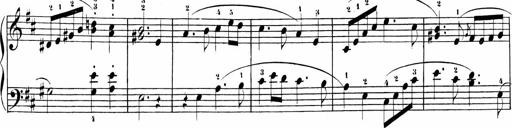
Title: Sonatinas
Composer: Andrew Violette